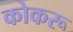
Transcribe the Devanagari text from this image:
कोकरू